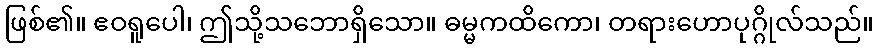
ဖြစ်၏။ ဧဝရူပေါ၊ ဤသို့သဘောရှိသော။ ဓမ္မကထိကော၊ တရားဟောပုဂ္ဂိုလ်သည်။